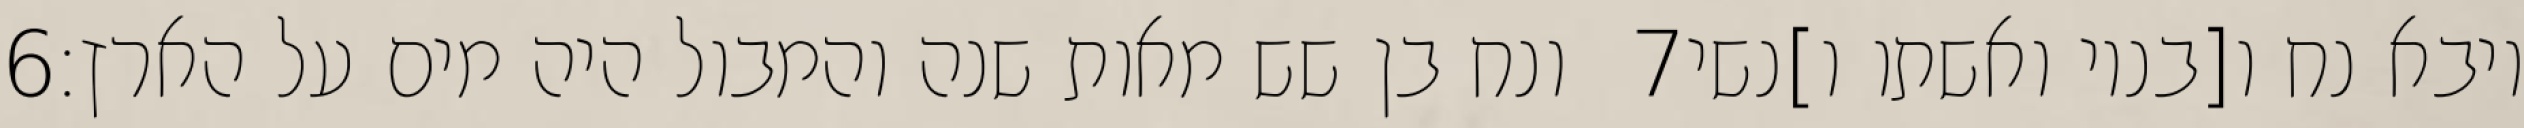
‎6‏ ונח בן שש מאות שנה והמבול היה מים על הארץ׃ ‎7‏ ויבא נח ו[בניו ואשתו ו]נשי